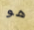
هو